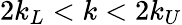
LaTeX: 2k_{L}<k<2k_{U}